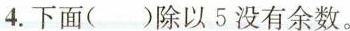
4.下面( )除以5没有余数。